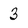
Character: 3